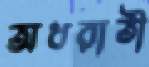
অধরাতী